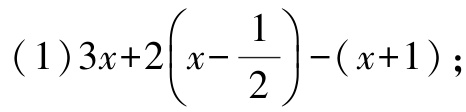
\((1)3x + 2\left(x - \dfrac{1}{2}\right)-(x + 1);\)